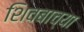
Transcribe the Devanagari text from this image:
शिवबाच्‍या